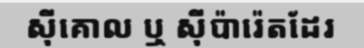
ស៊ីគោល ឬ ស៊ីប៉ារ៉េតដែរ